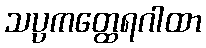
သပ္ပကတ္ထေရဂါထာ